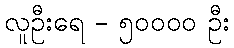
လူဦးရေ - ၅၀၀၀၀ ဦး